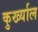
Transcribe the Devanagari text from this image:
कुर्ख्याल